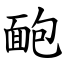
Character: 靤